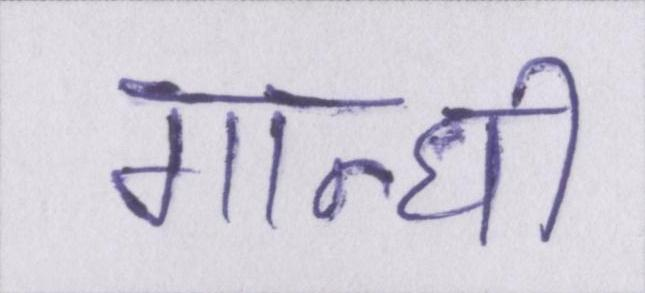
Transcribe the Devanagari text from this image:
गान्धी